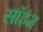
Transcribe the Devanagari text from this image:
सॉइंग